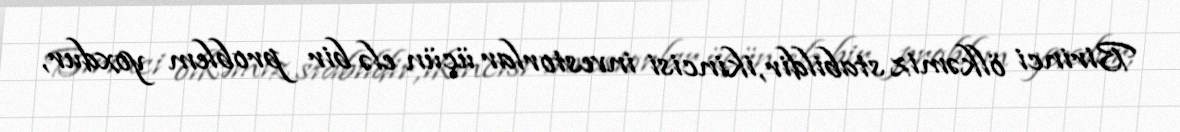
Birinci ölkəmiz stabildir, ikincisi investorlar üçün elə bir problem yoxdur,